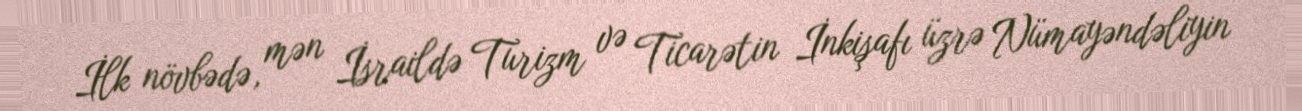
İlk növbədə, mən İsraildə Turizm və Ticarətin İnkişafı üzrə Nümayəndəliyin